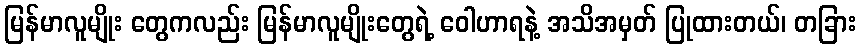
မြန်မာလူမျိုး တွေကလည်း မြန်မာလူမျိုးတွေရဲ့ ဝေါဟာရနဲ့ အသိအမှတ် ပြုထားတယ်၊ တခြား